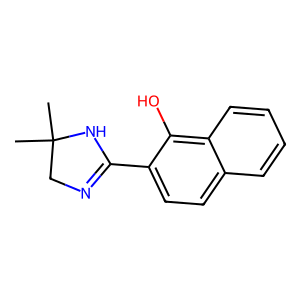
SMILES: CC1(C)CN=C(c2ccc3ccccc3c2O)N1
Inhibits HIV replication: No